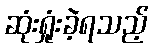
ဆုံးရှုံးခဲ့ရသည့်